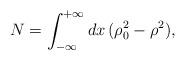
LaTeX: \begin{align*}N=\int_{-\infty}^{+\infty}dx\,(\rho_0^2-\rho^2), \end{align*}